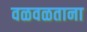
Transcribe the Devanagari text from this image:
वळवळताना